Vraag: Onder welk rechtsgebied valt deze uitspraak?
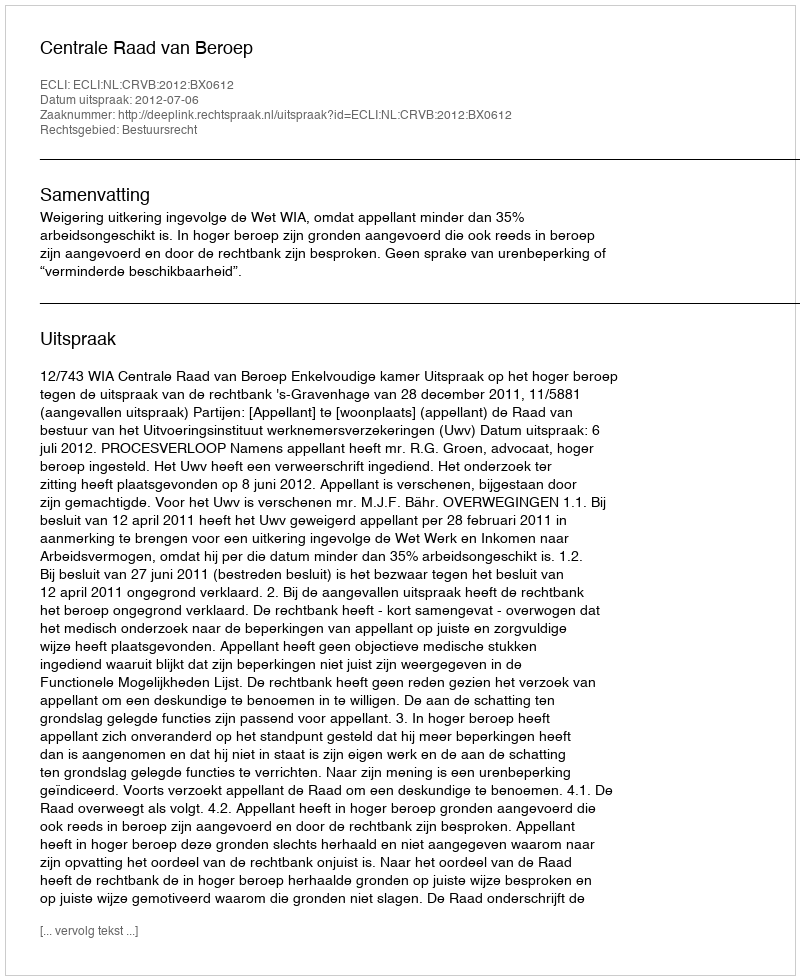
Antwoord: Bestuursrecht